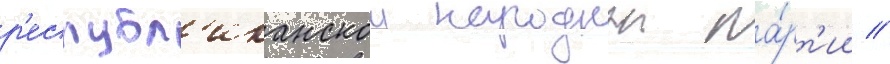
р'еспубл'иканскои народнои па́рт'ии //